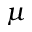
\mu